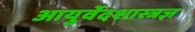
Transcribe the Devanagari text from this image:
आयुर्वेदशास्त्रज्ञ